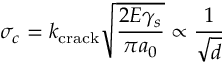
\sigma _ { c } = k _ { \mathrm { c r a c k } } { \sqrt { \frac { 2 E \gamma _ { s } } { \pi a _ { 0 } } } } \propto { \frac { 1 } { \sqrt { d } } }